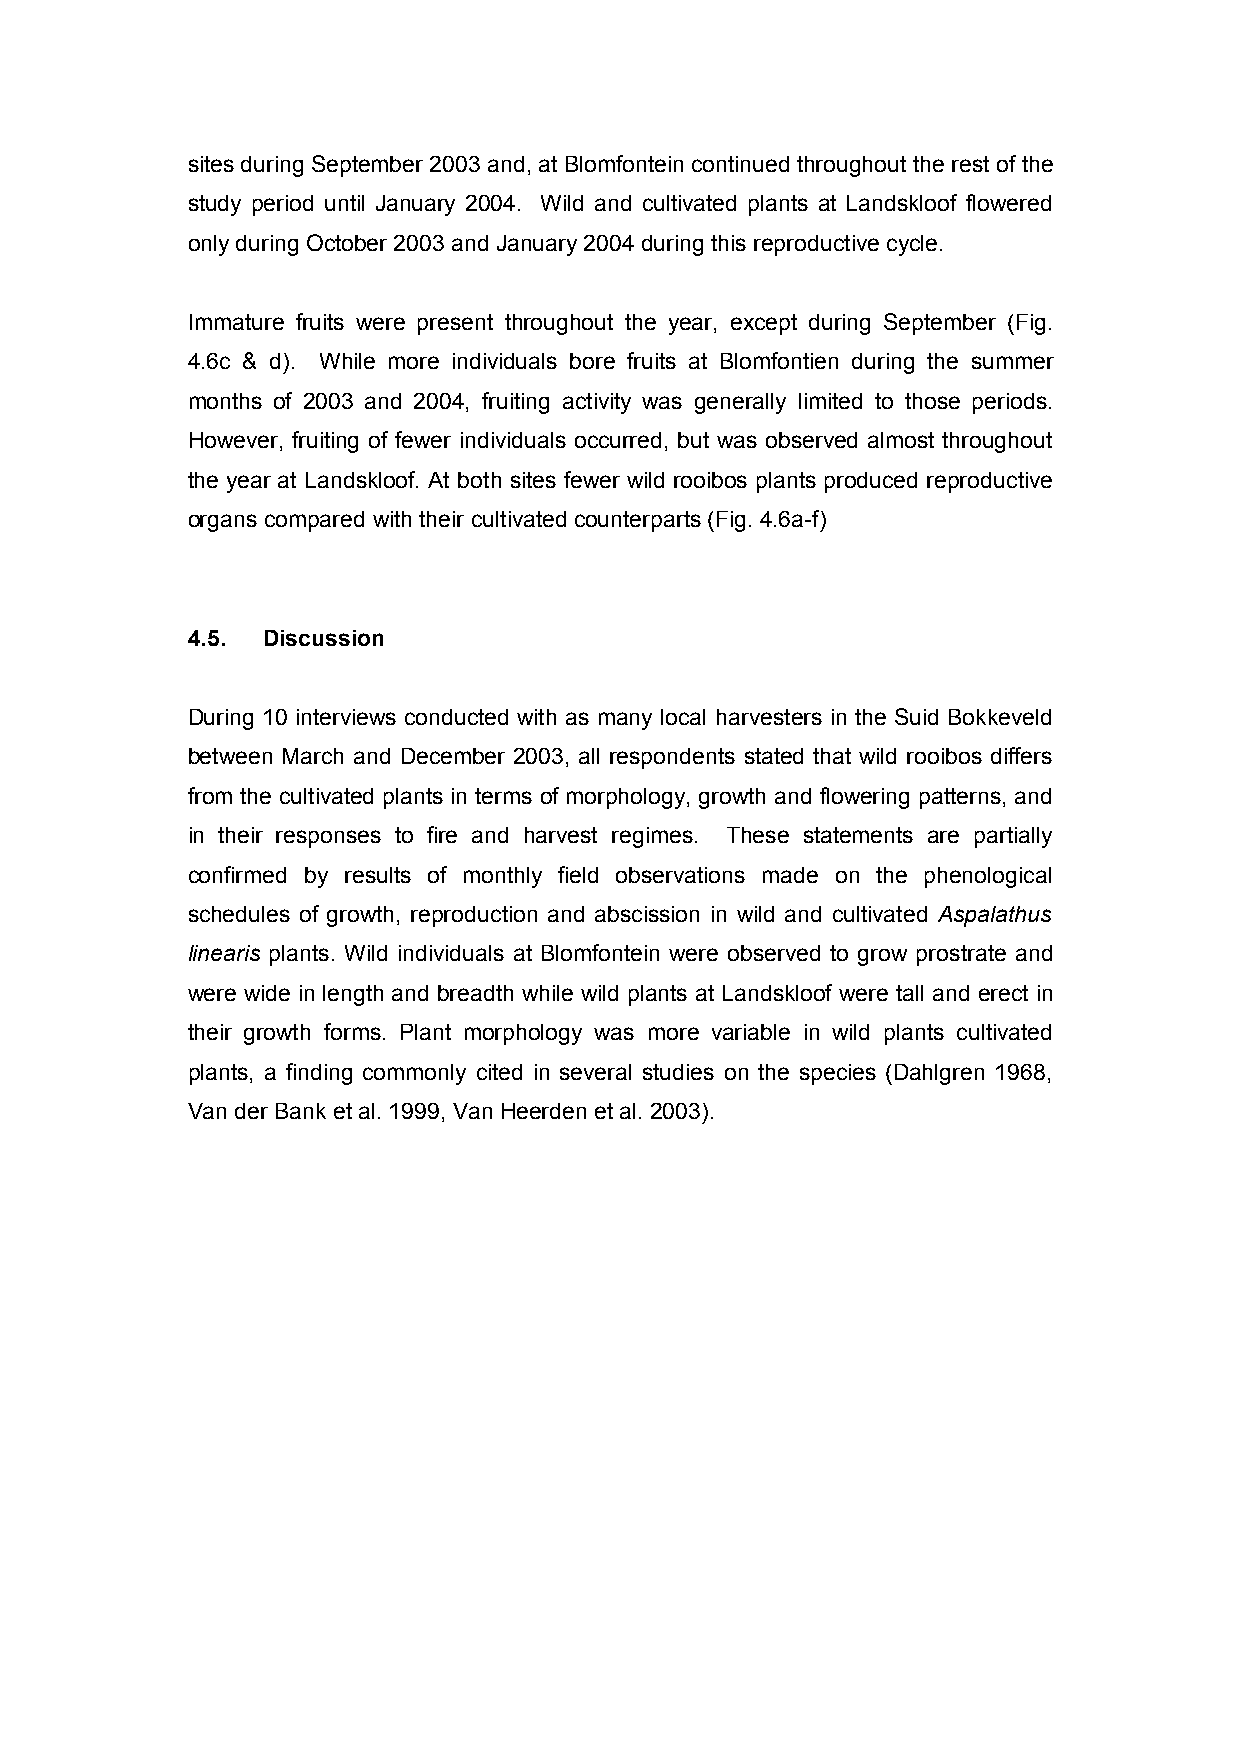
sites during September 2003 and, at Blomfontein continued throughout the rest of the
 study period until January 2004. Wild and cultivated plants at Landskloof flowered
 only during October 2003 and January 2004 during this reproductive cycle.
 Immature fruits were present throughout the year, except during September (Fig.
 4.6c & d). While more individuals bore fruits at Blomfontien during the summer
 months of 2003 and 2004, fruiting activity was generally limited to those periods.
 However, fruiting of fewer individuals occurred, but was observed almost throughout
 the year at Landskloof. At both sites fewer wild rooibos plants produced reproductive
 organs compared with their cultivated counterparts (Fig. 4.6a-f)
 4.5. Discussion
 During 10 interviews conducted with as many local harvesters in the Suid Bokkeveld
 between March and December 2003, all respondents stated that wild rooibos differs
 from the cultivated plants in terms of morphology, growth and flowering patterns, and
 in their responses to fire and harvest regimes. These statements are partially
 confirmed by results of monthly field observations made on the phenological
 schedules of growth, reproduction and abscission in wild and cultivated Aspalathus
 linearis plants. Wild individuals at Blomfontein were observed to grow prostrate and
 were wide in length and breadth while wild plants at Landskloof were tall and erect in
 their growth forms. Plant morphology was more variable in wild plants cultivated
 plants, a finding commonly cited in several studies on the species (Dahlgren 1968,
 Van der Bank et al. 1999, Van Heerden et al. 2003).
 55